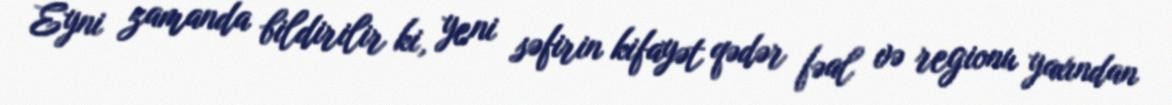
Eyni zamanda bildirilir ki, yeni səfirin kifayət qədər fəal və regionu yaxından